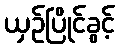
ယှဉ်ပြိုင်ခွင့်